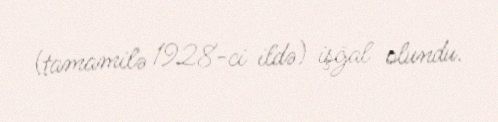
(tamamilə 1928-ci ildə) işğal olundu.